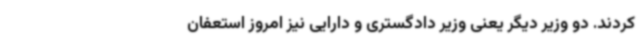
کردند. دو وزیر دیگر یعنی وزیر دادگستری و دارایی نیز امروز استعفان